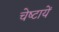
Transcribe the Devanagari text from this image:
चेष्‍टायें